Black-water fever - Number 35
Disease focus: Fever
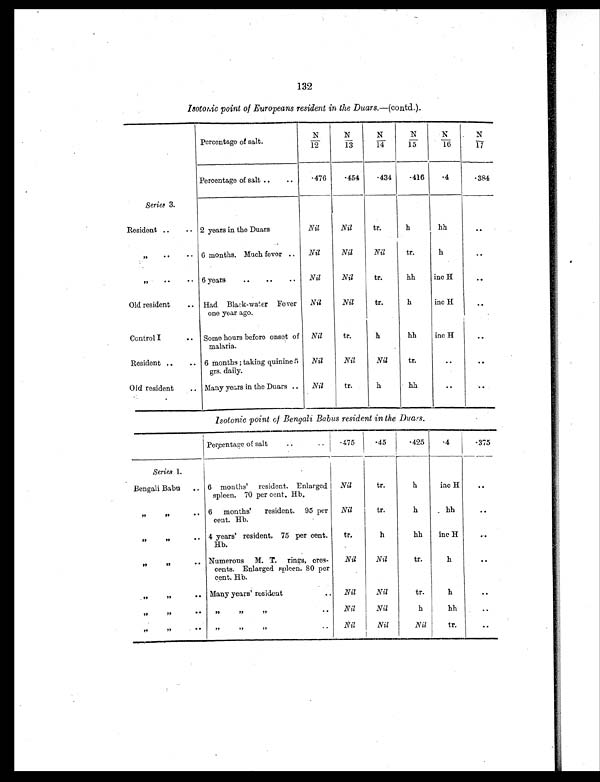
132
Isotonic point of Europeans resident in the Duars. —(contd.).
Percentage of salt.
N
/12
N
/13
N
/14
N
/15
N
/16
N
/17
Percentage of salt ..
..
.476
.454
.434
.416
.4
.384
Series 3 .
Resident ..
. . 2 years in the Duars
Nil
Nil
tr.
h
hh
..
„ . .
. . 6 months. Much fever .. Nil
Nil
Nil
tr.
h
. .
„ . .
. . 6 years
..
. . . . Nil
Nil
tr.
hh
inc H
..
Old resident
. . Had Black-water Fever
one year ago.
Nil
Nil
tr.
h
inc H
..
Control I
. . Some hours before onset of
malaria.
Nil
tr.
h
hh
inc H
..
Resident ..
.. 6 months ; taking quinine 5
grs. daily.
Nil
Nil
Nil
tr.
..
..
Old resident
.. Many years in the Duars .. Nil
tr.
h
hh
..
. .
Isotonic point of Bengali Babus resident in the Duars.
Percentage of salt
..
..
.475 .45
.425
.4
.375
Series 1.
Bengali Babu .. 6 months' resident. Enlarged
spleen. 70 per cent. Hb.
Nil
tr.
h
inc H
..
„
„ .. 6 months' resident. 95 per
cent. Hb.
Nil
tr.
h
hh
. .
„
„ .. 4 years' resident. 75 per cent.
Hb.
tr.
h
hh
inc H
. .
„
„ .. Numerous M. T. rings, cres-
cents. Enlarged spleen. 80 per
cent. Hb.
Nil
Nil
tr.
h
. .
„
„ .. Many years' resident
.. Nil
Nil
tr.
h
..
„
„
. .
„
„ „
.. Nil
Nil
h
hh
. .
„
„ . .
„
„ „
..
Nil
Nil
Nil
tr.
. .